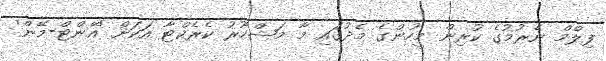
ފިލްމް ނެރުމުގެ ކުރިން މީހުންގެ މެދުގައި މާ މަޝްހޫރު ކެރެކްޓާ އަކަށް 'އޭންޓް-މޭން'